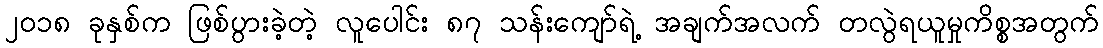
၂၀၁၈ ခုနှစ်က ဖြစ်ပွားခဲ့တဲ့ လူပေါင်း ၈၇ သန်းကျော်ရဲ့ အချက်အလက် တလွဲရယူမှုကိစ္စအတွက်